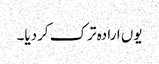
یوں ارادہ ترک کردیا۔